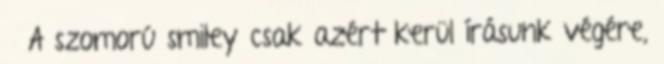
A szomorú smiley csak azért kerül írásunk végére,